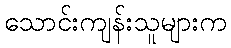
သောင်းကျန်းသူများက